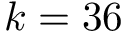
k = 3 6